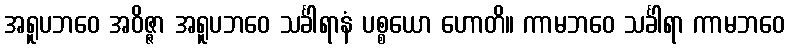
အရူပဘဝေ အဝိဇ္ဇာ အရူပဘဝေ သင်္ခါရာနံ ပစ္စယော ဟောတိ။ ကာမဘဝေ သင်္ခါရာ ကာမဘဝေ